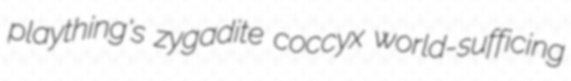
plaything's zygadite coccyx world-sufficing